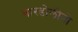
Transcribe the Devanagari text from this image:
बारडोलीनो